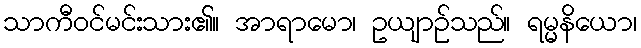
သာကီဝင်မင်းသား၏။ အာရာမော၊ ဥယျာဉ်သည်။ ရမ္မနိယော၊